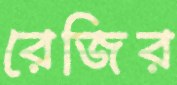
রেজির